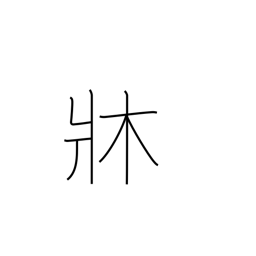
Meaning: chassis